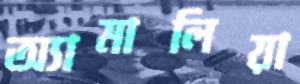
অ্যামালিয়া